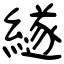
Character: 繸